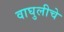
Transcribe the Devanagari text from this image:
वाघुलीचे